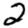
Digit: 2